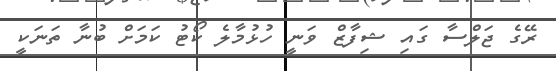
ރޭގެ ޖަލްސާ ގައި ޝިފާޒް ވަނީ ހުޅުމާލެ ކޯޓު ކަމަށް ބުނާ ތަނަކީ